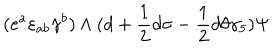
LaTeX: ( e ^ { a } \varepsilon _ { a b } \gamma ^ { b } ) \wedge ( d + { \frac { 1 } { 2 } } d \sigma - { \frac { 1 } { 2 } } d \theta \gamma _ { 5 } ) \Psi